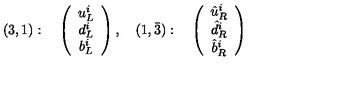
( 3 , 1 ) : \quad \left( \begin{array} { c } { u _ { L } ^ { i } } \\ { d _ { L } ^ { i } } \\ { b _ { L } ^ { i } } \\ \end{array} \right) , \quad ( 1 , \bar { 3 } ) : \quad \left( \begin{array} { c } { \hat { u } _ { R } ^ { i } } \\ { \hat { d } _ { R } ^ { i } } \\ { \hat { b } _ { R } ^ { i } } \\ \end{array} \right)